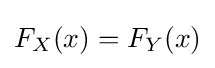
F_{X}(x)=F_{Y}(x)